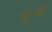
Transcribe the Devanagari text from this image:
बटुओं